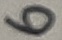
Text: 6